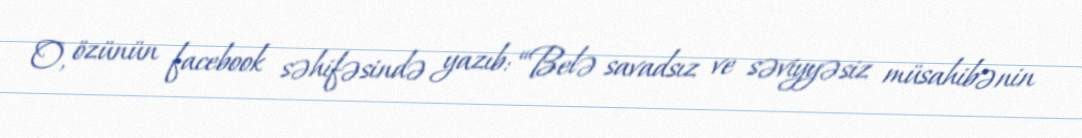
O, özünün facebook səhifəsində yazıb: “Belə savadsız ve səviyyəsiz müsahibənin